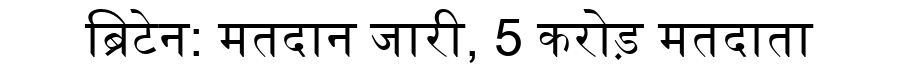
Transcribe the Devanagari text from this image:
ब्रिटेन: मतदान जारी, 5 करोड़ मतदाता